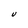
Character: U